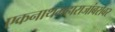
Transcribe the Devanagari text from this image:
एकनाथमहाराजांबरोबर